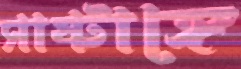
সাষ্টাঙ্গে